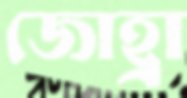
জোহ্রা